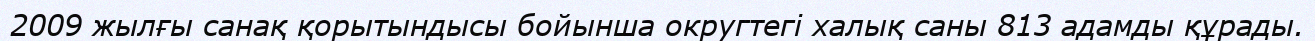
2009 жылғы санақ қорытындысы бойынша округтегі халық саны 813 адамды құрады.